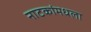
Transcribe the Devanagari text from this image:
नाटकांमधला